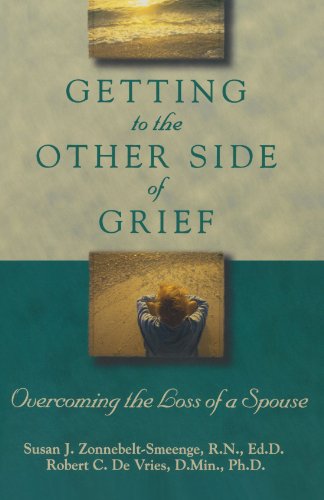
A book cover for Getting to the Other Side of Grief: Overcoming the Loss of a Spouse; Susan J. R.N., Ed.D Zonnebelt-Smeenge; Self-Help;